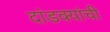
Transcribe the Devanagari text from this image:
दांडक्यांची